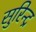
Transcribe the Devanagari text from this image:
सुरिन्द्र